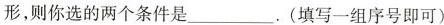
形，则你选的两个条件是___.(填一组序号即可)